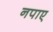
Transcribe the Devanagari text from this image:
नपाए